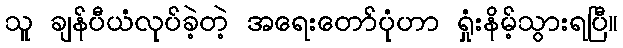
သူ ချန်ပီယံလုပ်ခဲ့တဲ့ အရေးတော်ပုံဟာ ရှုံးနိမ့်သွားရပြီ။